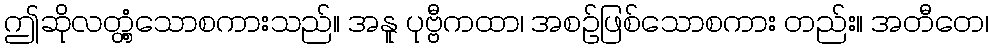
ဤဆိုလတ္တံ့သောစကားသည်။ အနူ ပုဗ္ဗီကထာ၊ အစဉ်ဖြစ်သောစကား တည်း။ အတီတေ၊